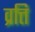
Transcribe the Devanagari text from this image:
व्रत्ति